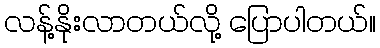
လန့်နိုးလာတယ်လို့ ပြောပါတယ်။